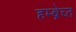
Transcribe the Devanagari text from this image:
हम्ब्रेच्त